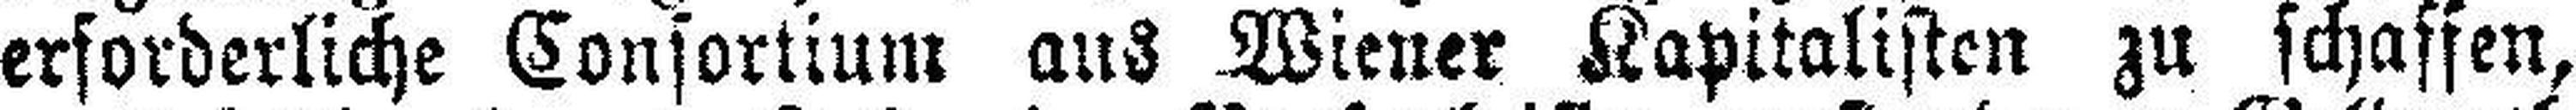
erforderliche Consortium aus Wiener Kapitalisten zu schaffen,